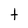
Character: t